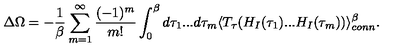
\Delta \Omega = - { \frac { 1 } { \beta } } \sum _ { m = 1 } ^ { \infty } \frac { ( - 1 ) ^ { m } } { m ! } \int _ { 0 } ^ { \beta } d \tau _ { 1 } . . . d \tau _ { m } \langle T _ { \tau } ( H _ { I } ( \tau _ { 1 } ) . . . H _ { I } ( \tau _ { m } ) ) \rangle _ { c o n n } ^ { \beta } .